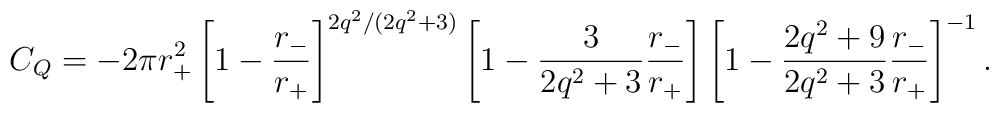
C_Q=-2\pi r_+^2\left[1-\frac{r_-}{r_+}\right]^{2q^2/(2q^2+3)}    \left[1-\frac{3}{2q^2+3}\frac{r_-}{r_+}\right]    \left[1-\frac{2q^2+9}{2q^2+3}\frac{r_-}{r_+}\right]^{-1}.